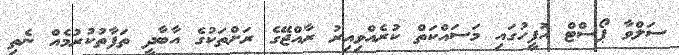
ސަލްވާ ޕޯސްޓް އޮފީހުގައި މަސައްކަތް ކުރެއްވިއިރު ރާއްޖޭގެ ރަށްތަކުގެ އާބާދީ ތަފާތުކުރުމެއް ނެތި